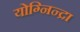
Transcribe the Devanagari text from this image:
योग्निन्द्रा